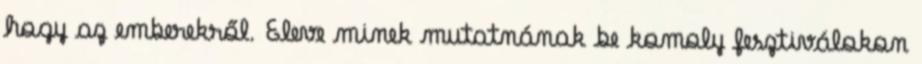
hogy az emberekről. Eleve minek mutatnának be komoly fesztiválokon